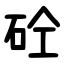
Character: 砼